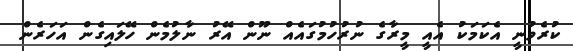
ކުރެވުނީ އެކަމަކު އެއީ މީރާގެ ނުރުހުމުގައެއް ނޫން އޭރު ނާލުމެން ހޭލައިގެން އަހަރެން